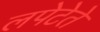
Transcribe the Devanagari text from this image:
लपेटेते